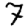
Digit: 7